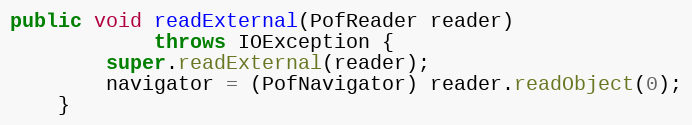
Language: Java
public void readExternal(PofReader reader)
            throws IOException {
        super.readExternal(reader);
        navigator = (PofNavigator) reader.readObject(0);
    }